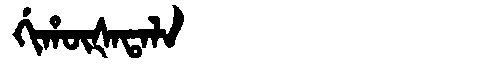
Manchu: ᡤᡳᡥᡡᡧᠠᡨᠠᠯᠠ
Romanization: GIHŪŠATALA